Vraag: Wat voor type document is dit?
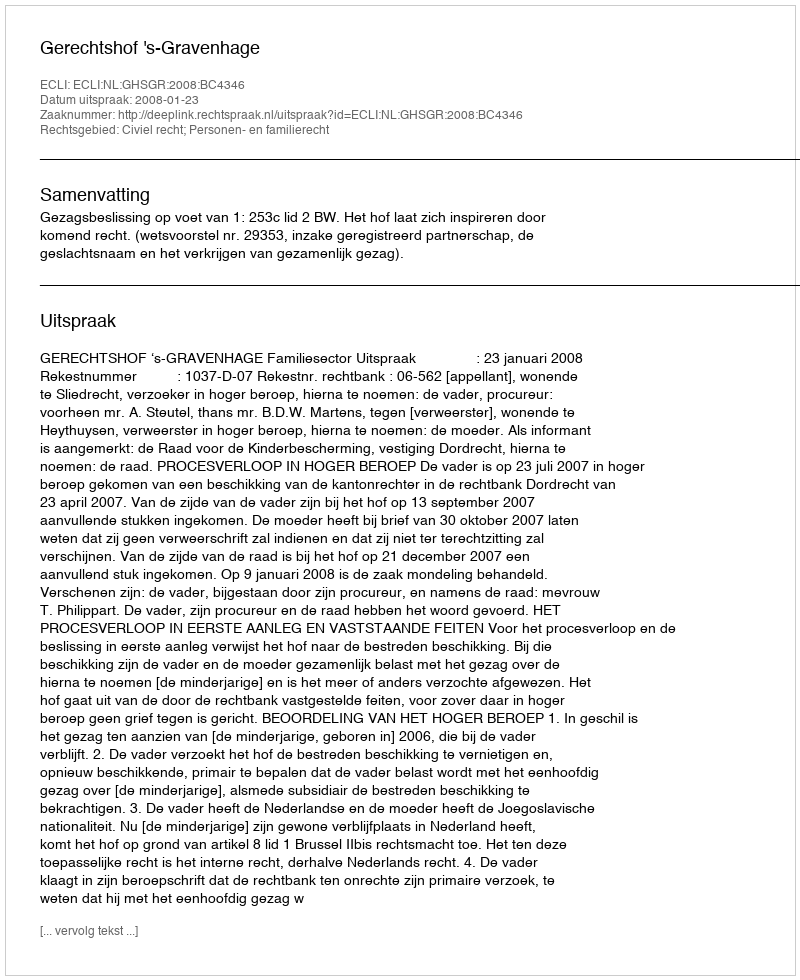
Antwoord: Uitspraak